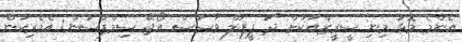
އެންމެ މޮޅު މިނި ސީރީޒްއަކަށް "ދަ ޕީޕަލް ވާސަސް އޯޖޭ ސިމްޕްސަން: އެމެރިކަން